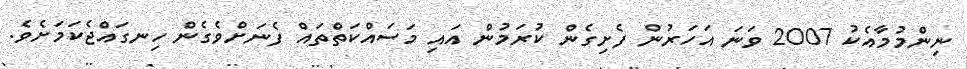
ނިންމުމާއެކު 2007 ވަނަ އަހަރުން ފެށިގެން ކުރަމުން އައި މަސައްކަތްތައް ފެނަށްވެގެން ހިނގައްޖެކަމަށެވެ.